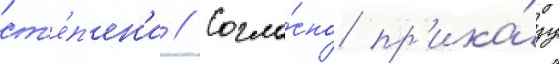
ст'е́п'ен'и // Согла́сно пр'ика́зу